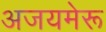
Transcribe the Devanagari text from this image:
अजयमेरू